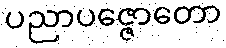
ပညာပဇ္ဇောတော